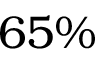
6 5 \%